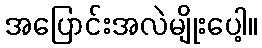
အပြောင်းအလဲမျိုးပေါ့။